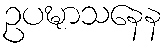
ဥပဍ္ဎာသနေန